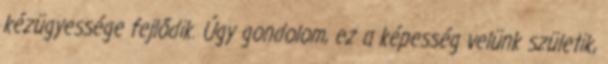
kézügyessége fejlődik. Úgy gondolom, ez a képesség velünk születik,